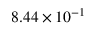
8 . 4 4 \times 1 0 ^ { - 1 }